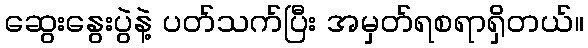
ဆွေးနွေးပွဲနဲ့ ပတ်သက်ပြီး အမှတ်ရစရာရှိတယ်။